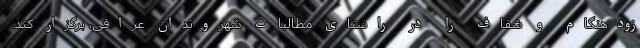
زودهنگام و شفاف را در راستای مطالبات شهروندان عراقی، برگزار کند.